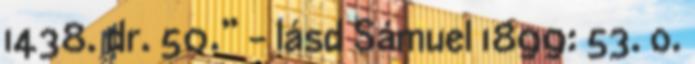
1438. dr. 50.” - lásd Sámuel 1899: 53. o.